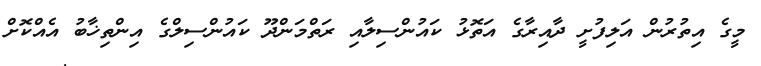
މީގެ އިތުރުން އަލިފުށީ ދާއިރާގެ އަތޮޅު ކައުންސިލާއި ރަތްމަންދޫ ކައުންސިލްގެ އިންތިޚާބު އެއްކޮށް